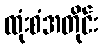
ထုံးစံအတိုင်း